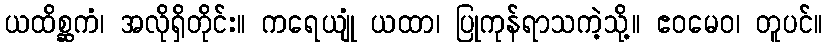
ယထိစ္ဆကံ၊ အလိုရှိတိုင်း။ ကရေယျုံ ယထာ၊ ပြုကုန်ရာသကဲ့သို့။ ဧဝမေဝ၊ တူပင်။